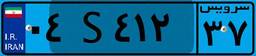
۰۴S۴۱۲۳۷